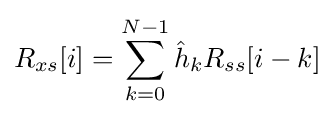
R_{xs}[i]=\sum _{k=0}^{N-1}{\hat {h}}_{k}R_{ss}[i-k]